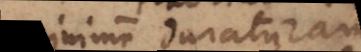
minime duraturam